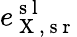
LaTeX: e_{\mathrm{~X~,~s~r~}}^{\mathrm{~s~l~}}